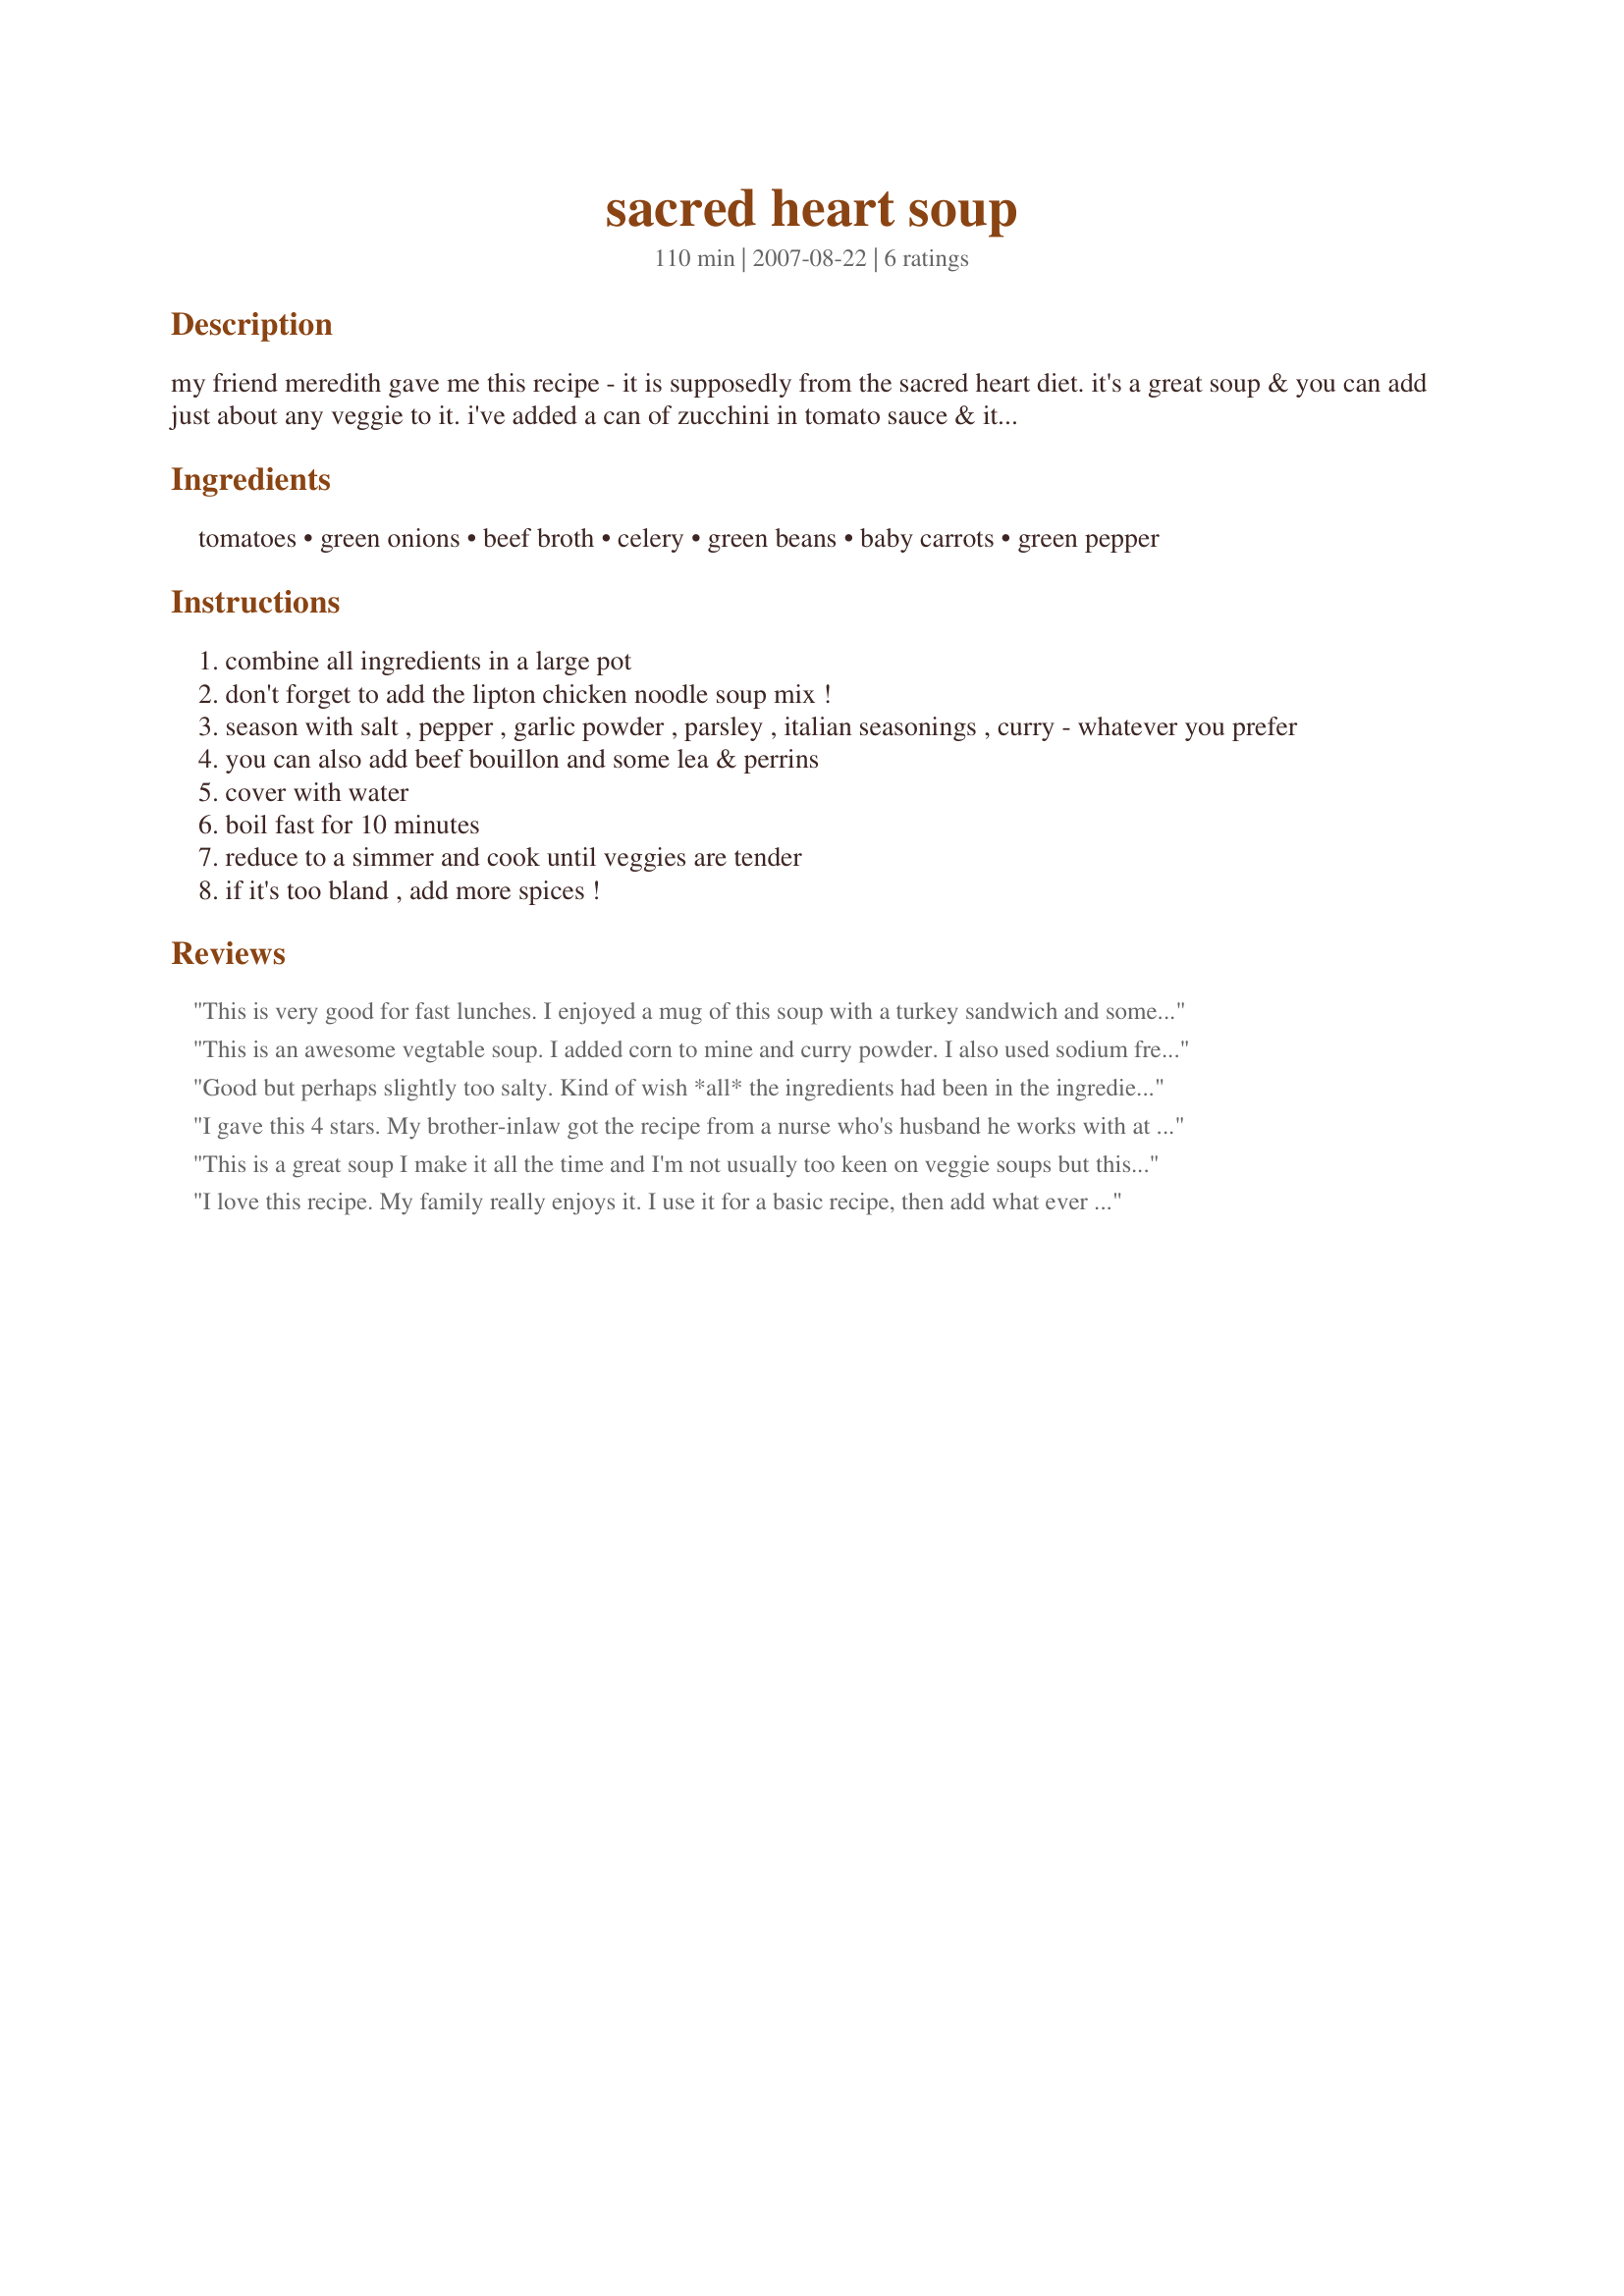
sacred heart soup
Preparation time: 110 minutes

my friend meredith gave me this recipe - it is supposedly from the sacred heart diet. it's a great soup & you can add just about any veggie to it. i've added a can of zucchini in tomato sauce & it was good. it also calls for an envelope of lipton chicken noodle soup mix (comes in a box) but i couldn't get zaar to recognize it.

Ingredients:
tomatoes, green onions, beef broth, celery, green beans, baby carrots, green pepper

Steps:
combine all ingredients in a large pot
don't forget to add the lipton chicken noodle soup mix !
season with salt , pepper , garlic powder , parsley , italian seasonings , curry - whatever you prefer
you can also add beef bouillon and some lea & perrins
cover with water
boil fast for 10 minutes
reduce to a simmer and cook until veggies are tender
if it's too bland , add more spices !

Reviews:
This is very good for fast lunches. I enjoyed a mug of this soup with a turkey sandwich and some fresh fruit. The soup is very flavorful without being heavy. Thanks for sharing your sacred soup.
This is an awesome vegtable soup. I added corn to mine and curry powder. I also used sodium free for all the canned goods like the tomatoes and beans. Just to limit the salt. It is better on day four than day one. I am not doing the DIET, just eating it for lunch everyday. Great soup my kids even like it.
Good but perhaps slightly too salty. Kind of wish *all* the ingredients had been in the ingredients section so I wouldn't be surprised at the last minute that the Lipton Chicken Noodle soup mix was needed. (ended up running out to the store to get it) The Lipton mix IS in RecipeZaar's database. Guess that's my fault for not completely reading everything but the ingredients. Also the seasonings should of been listed in the ingredients. But other than those minor nitpicks, it is a decent soup with much flavor. If you like it, also try Uncle Bill's Minestrone Soup #81419 - some of the same ingredients are used.
I gave this 4 stars. My brother-inlaw got the recipe from a nurse who's husband he works with at KV. He tried this soup and said it is very yummy and he lost 10 pounds and it's possible to lose 17 pounds following the diet directions which you can get at www.quantumbalancing.com/sacredheartdiet.htm . The basic directions say to eat this soup everyday for 7 days stay off the diet for 2 days then resume it again. My future hubby is trying it this week. It smells and taste good for not being loaded with meat. I of course am cooking it and had to sample it. I'm not to crazy over the celery taste but that's me I'm not crazy over celery. My future hubby used chicken broth in place of the beef broth as that's what we had on hand. Update: He tried the soup for 2-3 days and didn't lose weight and quit the diet. I don't think he stuffed himself as directed. I may try this in the future during the winter months. Thanks for posting a good tasting recipe. Christine (internetnut)
This is a great soup I make it all the time and I'm not usually too keen on veggie soups but this ones great. You can add or subtract ingredients and change it up everytime and it's always good. 

One note though DO NOT do the sacred heart diet it is dangerous and put my aunt in the hospital. The soup itself is great but the actual diet to follow is bull. You will lose weight but gain it all back and more as soon as you stop it.
I love this recipe. My family really enjoys it. I use it for a basic recipe, then add what ever I want to it. Today I added corn, cabbage, and ground beef. (I dont use it for a diet soup). I make 6 qrts at a time. Mean while I have another 6qrts of a Stew. When all is said and done, I will package them in servings of about 3 servings. We use bigger bowls. This is a great place to start.
